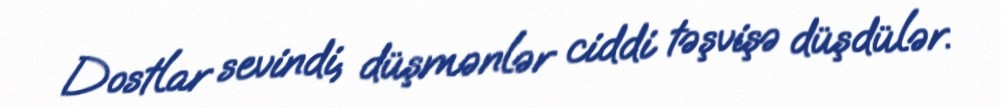
Dostlar sevindi, düşmənlər ciddi təşvişə düşdülər.